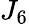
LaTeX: J_{6}